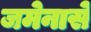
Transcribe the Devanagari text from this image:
जमेनासे